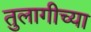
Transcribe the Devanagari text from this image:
तुलागीच्या